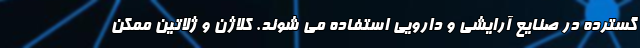
گسترده در صنایع آرایشی و دارویی استفاده می شوند. کلاژن و ژلاتین ممکن